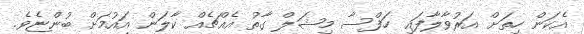
އެކަން ހިތަށް އަރުވާލާފައި ހަފްސާ މިޝަލް ގާތު އެއްޗެއް ކާލަން އައުމަށް ބުންޏެވެ.